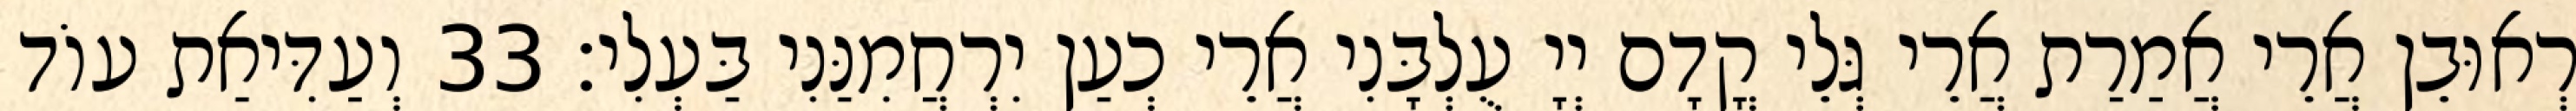
רְאוּבֵן אֲרֵי אֲמַרַת אֲרֵי גְּלֵי קֳדָם יְיָ עֻלְבָּנִי אֲרֵי כְעַן יִרְחֲמִנַּנִי בַּעְלִי׃ 33 וְעַדִּיאַת עוֹד